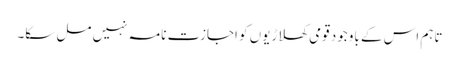
تاہم اس کے باوجود قومی کھلاڑیوں کو اجازت نامہ نہیں مل سکا۔